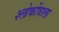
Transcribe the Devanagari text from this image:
श्लोकोंवाला